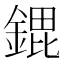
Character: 𮢠